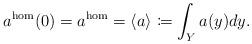
LaTeX: \begin{align*}a^{\rm hom}(0) = a^{\rm hom} = \langle a \rangle\coloneqq \int_Y a(y)dy.\end{align*}